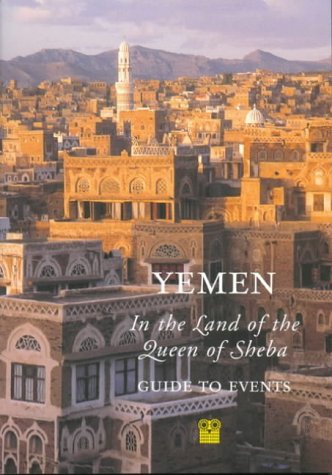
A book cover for Yemen: Guide to Events: In the Land of the Queen of Sheba; C. Singer; Travel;